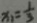
x _ { 1 } = \frac { 1 } { 3 }